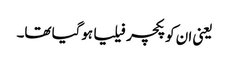
یعنی ان کو پکچر فیلیا ہوگیا تھا۔